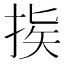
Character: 𢭠